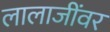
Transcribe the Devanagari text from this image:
लालाजींवर